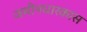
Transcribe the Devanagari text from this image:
जमीनधारकास